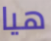
هيا